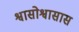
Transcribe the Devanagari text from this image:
श्वासोश्वासास